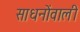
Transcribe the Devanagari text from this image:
साधनोंवाली